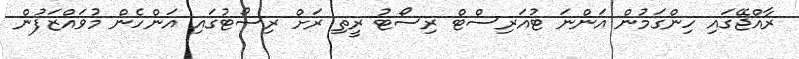
ރާއްޖޭގައި ހިންގަމުން އަންނަ ޓުއަރިސްޓް ރިސޯޓު ރީތި ރަށް ރިސޯޓުގައި އަންހެން މުވައްޒަފުން